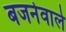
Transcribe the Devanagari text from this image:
बजनेवाले